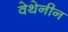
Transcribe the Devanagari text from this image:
वेथेनीन